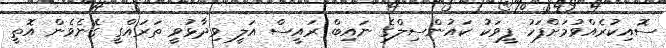
ސޮއިކުރެއްވުމަށްފަހު ފީވަކު ކައުންސިލްގެ ނައިބް ރައީސް އަލީ ވިދާޅުވީ ތަރައްގީ ގެނެވެން އޮތީ